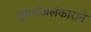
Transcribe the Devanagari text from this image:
सुवर्णअलंकाराने